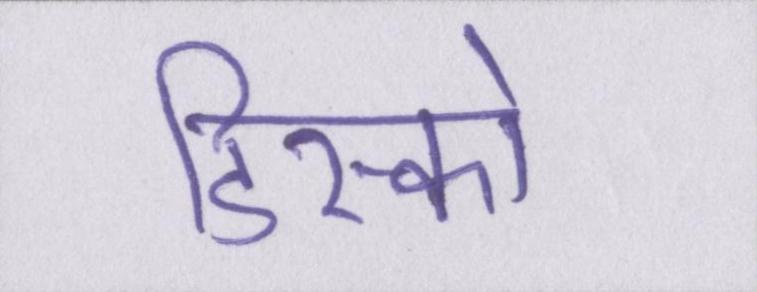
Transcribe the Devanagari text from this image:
डिस्को